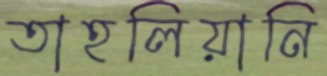
তাহলিয়ানি